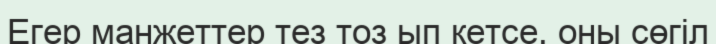
Егер манжеттер тез тоз ып кетсе, оны сөгіл